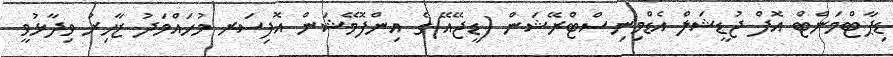
ޑިޕާޓްމަންޓް އޮފް ޖުޑީޝަލް އެޑްމިނިސްޓްރޭޝަން (ޑީޖޭއޭ)ގެ އިންފޮމޭޝަން އޮފިސަރ މުހައްމަދު ޒާހިރު ވިދާޅުވީ